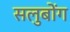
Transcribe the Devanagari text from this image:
सलुबोंग